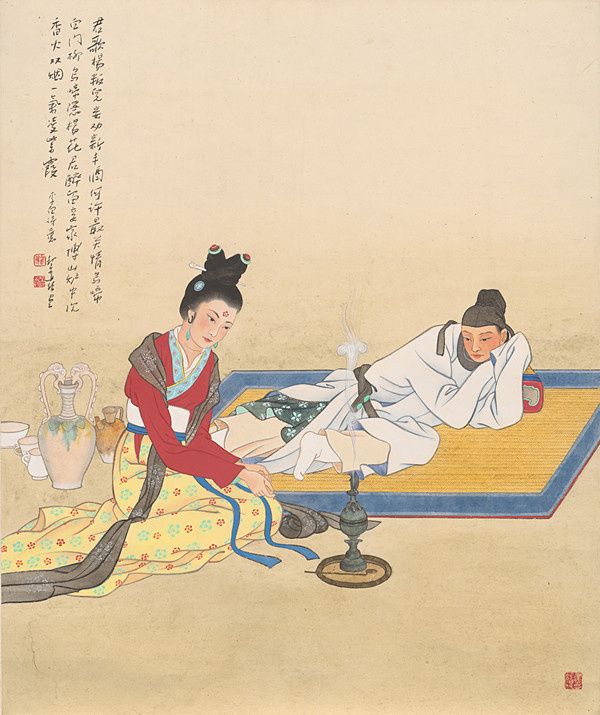
君歌杨叛儿，妾劝新丰酒。